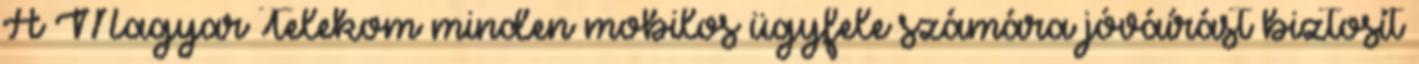
A Magyar Telekom minden mobilos ügyfele számára jóváírást biztosít